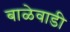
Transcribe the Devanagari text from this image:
बाळेवाडी